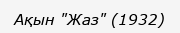
Ақын "Жаз" (1932)